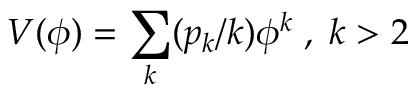
V ( \phi ) = \sum _ { k } ( p _ { k } / k ) \phi ^ { k } \; , \; k > 2